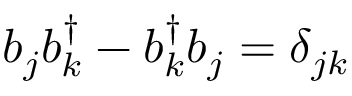
{ b } _ { j } { b } _ { k } ^ { \dagger } - { b } _ { k } ^ { \dagger } { b } _ { j } = \delta _ { j k }